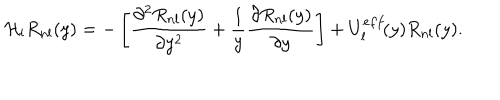
LaTeX: { \cal H } _ { l } R _ { n l } ( y ) = - \left[ \frac { \partial ^ { 2 } R _ { n l } ( y ) } { \partial y ^ { 2 } } + \frac { 1 } { y } \frac { \partial R _ { n l } ( y ) } { \partial y } \right] + U _ { l } ^ { e f f } \! ( y ) R _ { n l } ( y ) .